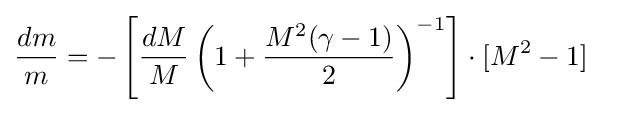
{\begin{aligned}{\frac {dm}{m}}&=-\left[{\frac {dM}{M}}\left(1+{\frac {M^{2}(\gamma -1)}{2}}\right)^{-1}\right]\cdot [M^{2}-1]\end{aligned}}